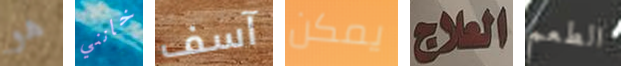
هو خانني آسف يمكن العلاج الطعم